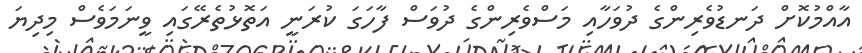
އާއްމުކޮށް ދަނޑުވެރިންގެ ދުވަހާއި މަސްވެރިންގެ ދުވަސް ފާހަގަ ކުރަނީ އަތޮޅުތެރޭގައި ވީނަމަވެސް މިދިޔަ